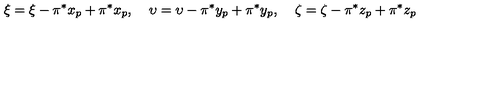
\xi = \xi - \pi ^ { * } x _ { p } + \pi ^ { * } x _ { p } , \: \: \: \: \: \upsilon = \upsilon - \pi ^ { * } y _ { p } + \pi ^ { * } y _ { p } , \: \: \: \: \: \zeta = \zeta - \pi ^ { * } z _ { p } + \pi ^ { * } z _ { p }